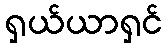
ရှယ်ယာရှင်